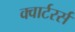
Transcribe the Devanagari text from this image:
क्वार्टरर्स